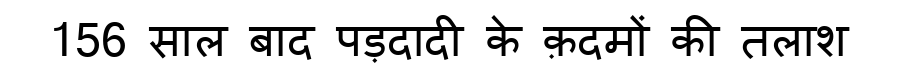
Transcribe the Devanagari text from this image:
156 साल बाद पड़दादी के क़दमों की तलाश